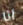
انا